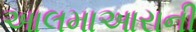
આલમાઆરાની